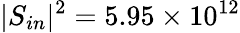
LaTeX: |S_{in}|^{2}=5.95\times 10^{12}